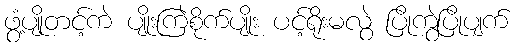
ဖွံ့ပျိုတင့်ကဲ ပျိုးကြဲစိုက်ပျိုး ပင့်ရိုးမလွဲ ပြိုကွဲပြိုပျက်